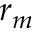
r _ { m }